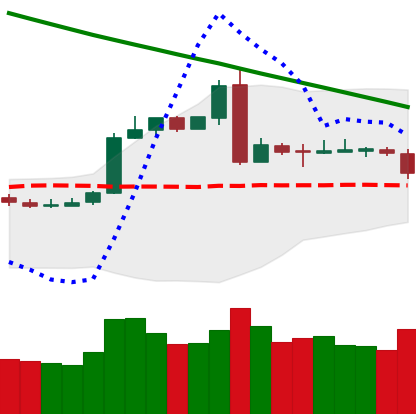
Ticker: BTC-USD
Chart end date: 2019-03-04
Forward return: 5.364%
Label: up_5_7